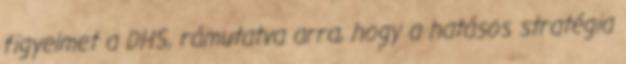
figyelmet a DHS, rámutatva arra, hogy a hatásos stratégia